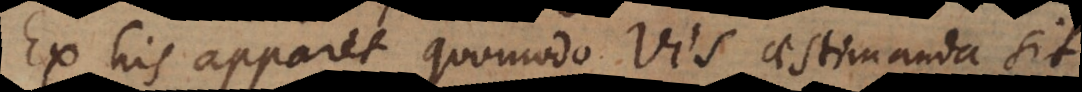
Ex his apparet, quomodo vis aestimanda sit